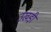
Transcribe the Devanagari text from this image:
उखडी़